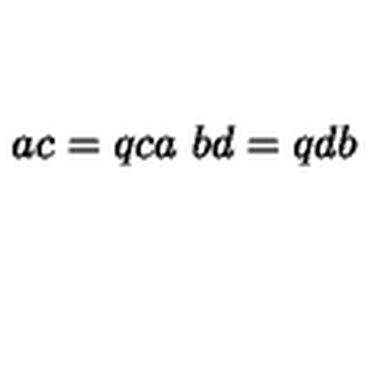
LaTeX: \ a c = q c a \ b d = q d b